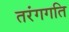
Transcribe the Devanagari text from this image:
तरंगगति